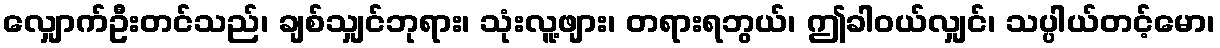
လျှောက်ဦးတင်သည်၊ ချစ်သျှင်ဘုရား၊ သုံးလူ့ဖျား၊ တရားရဘွယ်၊ ဤခါဝယ်လျှင်၊ သပ္ပါယ်တင့်မော၊